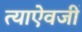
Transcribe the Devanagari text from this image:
त्याऐवजीं